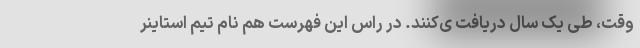
وقت، طی یک سال دریافت ی‌کنند. در راس این فهرست هم نام تیم استاینر